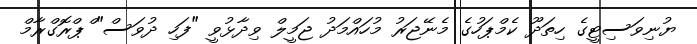
ޔުނިވަސިޓީގެ ހިތަދޫ ކެމްޕަހުގެ މެނޭޖަރު މުހައްމަދު ޖަމީލް ވިދާޅުވީ "ފަހި ދުވަސް" ްޕްރޮގްރާމް